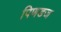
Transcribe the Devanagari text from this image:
पिणडज